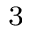
^ 3